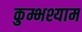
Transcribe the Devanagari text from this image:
कुम्भश्याम